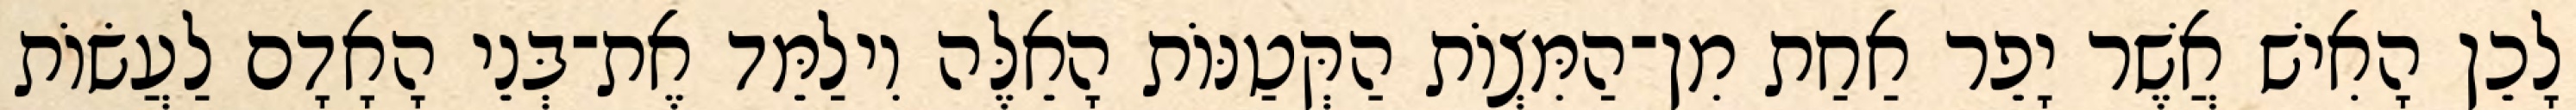
לָכֵן הָאִישׁ אֲשֶׁר יָפֵר אַחַת מִן־הַמִּצְוֹת הַקְּטַנּוֹת הָאֵלֶּה וִילַמֵּד אֶת־בְּנֵי הָאָדָם לַעֲשׂוֹת